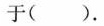
于()。A.12 B.24 C.98 D.196